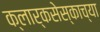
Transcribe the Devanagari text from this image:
क्लार्कसेस्काच्या